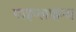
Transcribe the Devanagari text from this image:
पाइप्लाइन्स